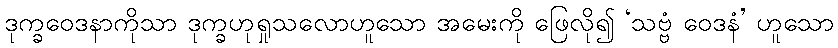
ဒုက္ခဝေဒနာကိုသာ ဒုက္ခဟုရှုသလောဟူသော အမေးကို ဖြေလို၍ ‘သဗ္ဗံ ဝေဒနံ’ ဟူသော